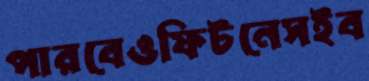
পারবেওফিটনেসইব